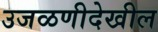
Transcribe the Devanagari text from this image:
उजळणीदेखील